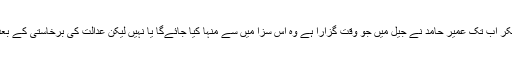
جج نے سزا سناتےہوئے 21؍ ماہ قید کے ساتھ یہ واضح نہیں کیا کہ اپنی گرفتاری سے لیکر اب تک عمیر حامد نے جیل میں جو وقت گزارا ہے وہ اس سزا میں سے منہا کیا جائےگا یا نہیں لیکن عدالت کی برخاستی کے بعد وکلا کا کہنا تھا کہ سزا کے اعلان سےآئندہ 21؍ ماہ تک عمیر حامد کوسزا بھگتنا ہوگی۔